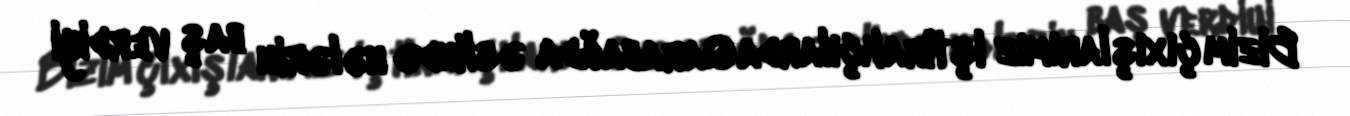
Bizim çıxışlarımız iştirakçılarda Qarabağda əslində nələrin baş verdiyi